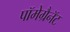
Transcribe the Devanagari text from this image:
पॉमेग्रैनॅट